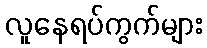
လူနေရပ်ကွက်များ